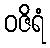
ဝဇိရံ